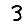
Digit: 3